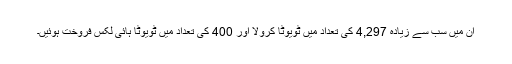
ان میں سب سے زیادہ 4,297 کی تعداد میں ٹویوٹا کرولا اور 400 کی تعداد میں ٹویوٹا ہائی لکس فروخت ہوئیں۔